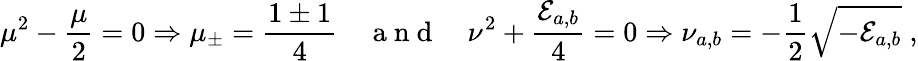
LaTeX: \mu^{2}-\frac{\mu}{2}=0\Rightarrow\mu_{\pm}=\frac{1\pm 1}{4}\quad\mathrm{~a~n~d~}\quad\nu^{2}+\frac{\mathcal{E}_{a,b}}{4}=0\Rightarrow\nu_{a,b}=-\frac{1}{2}\sqrt{-\mathcal{E}_{a,b}}\; ,